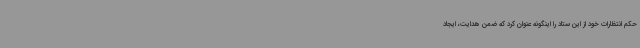
حکم انتظارات خود از این ستاد را اینگونه عنوان کرد که ضمن هدایت، ایجاد